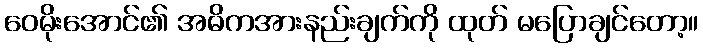
ဝေမိုးအောင်၏ အဓိကအားနည်းချက်ကို ထုတ် မပြောချင်တော့။